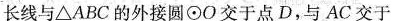
长线与△ABC的外接圆⊙O交于点D，与AC交于